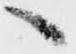
へ